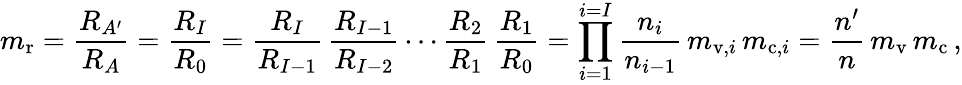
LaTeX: m_{\mathrm{r}}={\frac{R_{A^{\prime}}}{R_{A}}}={\frac{R_{I}}{R_{0}}}={\frac{R_{I}}{R_{I-1}}}\, {\frac{R_{I-1}}{R_{I-2}}}\cdots{\frac{R_{2}}{R_{1}}}\, {\frac{R_{1}}{R_{0}}}=\prod_{i=1}^{i=I}{\frac{n_{i}}{n_{i-1}}}\, m_{\mathrm{v},i}\, m_{\mathrm{c},i}={\frac{n^{\prime}}{n}}\, m_{\mathrm{v}}\, m_{\mathrm{c}}\, ,